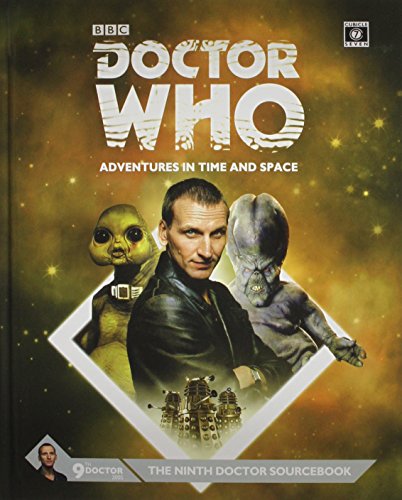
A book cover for Dr Who Ninth Doctor Sourcebook; Science Fiction & Fantasy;